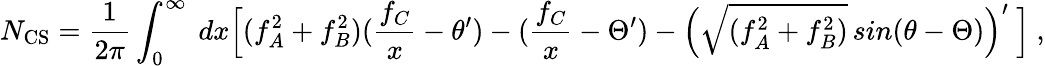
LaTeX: N_{\mathrm{CS}}=\frac{1}{2\pi}\int_{0}^{\infty}\ dx\Bigl[(f_{A}^{2}+f_{B}^{2})(\frac{f_{C}}{x}-\theta^{\prime})-(\frac{f_{C}}{x}-\Theta^{\prime})-\Bigl(\sqrt{(f_{A}^{2}+f_{B}^{2})}\, sin(\theta-\Theta)\Bigr)^{\prime}\ \Bigr]\ ,